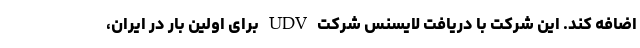
اضافه کند. این شرکت با دریافت لایسنس شرکت UDV برای اولین بار در ایران،